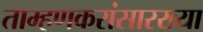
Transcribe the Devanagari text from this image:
ताम्हणकरांसारख्या